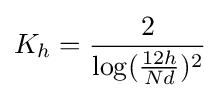
K_{h}={\frac {2}{\log({\frac {12h}{Nd}})^{2}}}